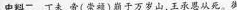
史料二 丁未，帝(崇顿)崩于万岁山,王承恩从死。御